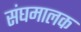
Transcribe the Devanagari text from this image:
संघमालक